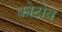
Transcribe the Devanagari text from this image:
कोटोव